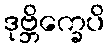
ဒုဗ္ဘိက္ခေပိ